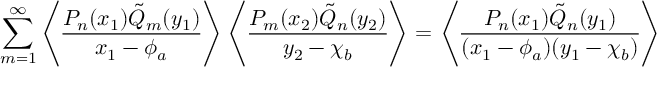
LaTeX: \sum _ { m = 1 } ^ { \infty } \left\langle \frac { P _ { n } ( x _ { 1 } ) \tilde { Q } _ { m } ( y _ { 1 } ) } { x _ { 1 } - \phi _ { a } } \right\rangle \left\langle \frac { P _ { m } ( x _ { 2 } ) \tilde { Q } _ { n } ( y _ { 2 } ) } { y _ { 2 } - \chi _ { b } } \right\rangle = \left\langle \frac { P _ { n } ( x _ { 1 } ) \tilde { Q } _ { n } ( y _ { 1 } ) } { ( x _ { 1 } - \phi _ { a } ) ( y _ { 1 } - \chi _ { b } ) } \right\rangle